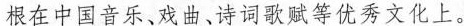
根在中国音乐、戏曲、诗词歌赋等优秀文化上。